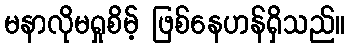
မနာလိုမရှုစိမ့် ဖြစ်နေဟန်ရှိသည်။